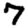
Digit: 7